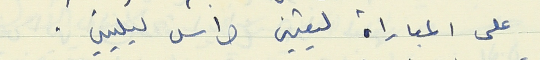
على المباراة ليعتين حراس ليليين .